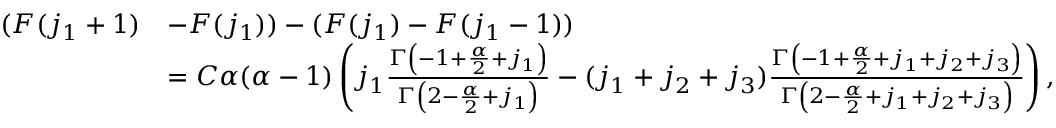
\begin{array} { r l } { ( F ( j _ { 1 } + 1 ) } & { - F ( j _ { 1 } ) ) - ( F ( j _ { 1 } ) - F ( j _ { 1 } - 1 ) ) } \\ & { = C \alpha ( \alpha - 1 ) \left( j _ { 1 } \frac { \Gamma \left( - 1 + \frac { \alpha } { 2 } + j _ { 1 } \right) } { \Gamma \left( 2 - \frac { \alpha } { 2 } + j _ { 1 } \right) } - ( j _ { 1 } + j _ { 2 } + j _ { 3 } ) \frac { \Gamma \left( - 1 + \frac { \alpha } { 2 } + j _ { 1 } + j _ { 2 } + j _ { 3 } \right) } { \Gamma \left( 2 - \frac { \alpha } { 2 } + j _ { 1 } + j _ { 2 } + j _ { 3 } \right) } \right) , } \end{array}